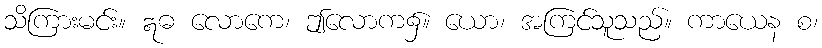
သိကြားမင်း။ ဣဓ လောကေ၊ ဤလောက၌။ ယော၊ အကြင်သူသည်။ ကာယေန စ၊